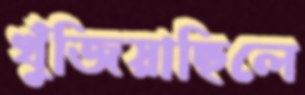
খুঁজিয়াছিলে